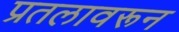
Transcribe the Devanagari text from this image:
प्रतलावरून